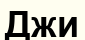
Джи